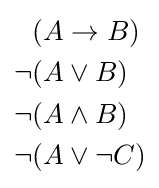
{\begin{aligned}(A&\to B)\\\lnot (A&\lor B)\\\lnot (A&\land B)\\\lnot (A&\lor \lnot C)\end{aligned}}